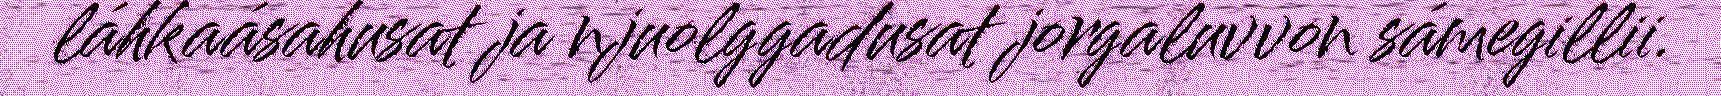
láhkaásahusat ja njuolggadusat jorgaluvvon sámegillii.